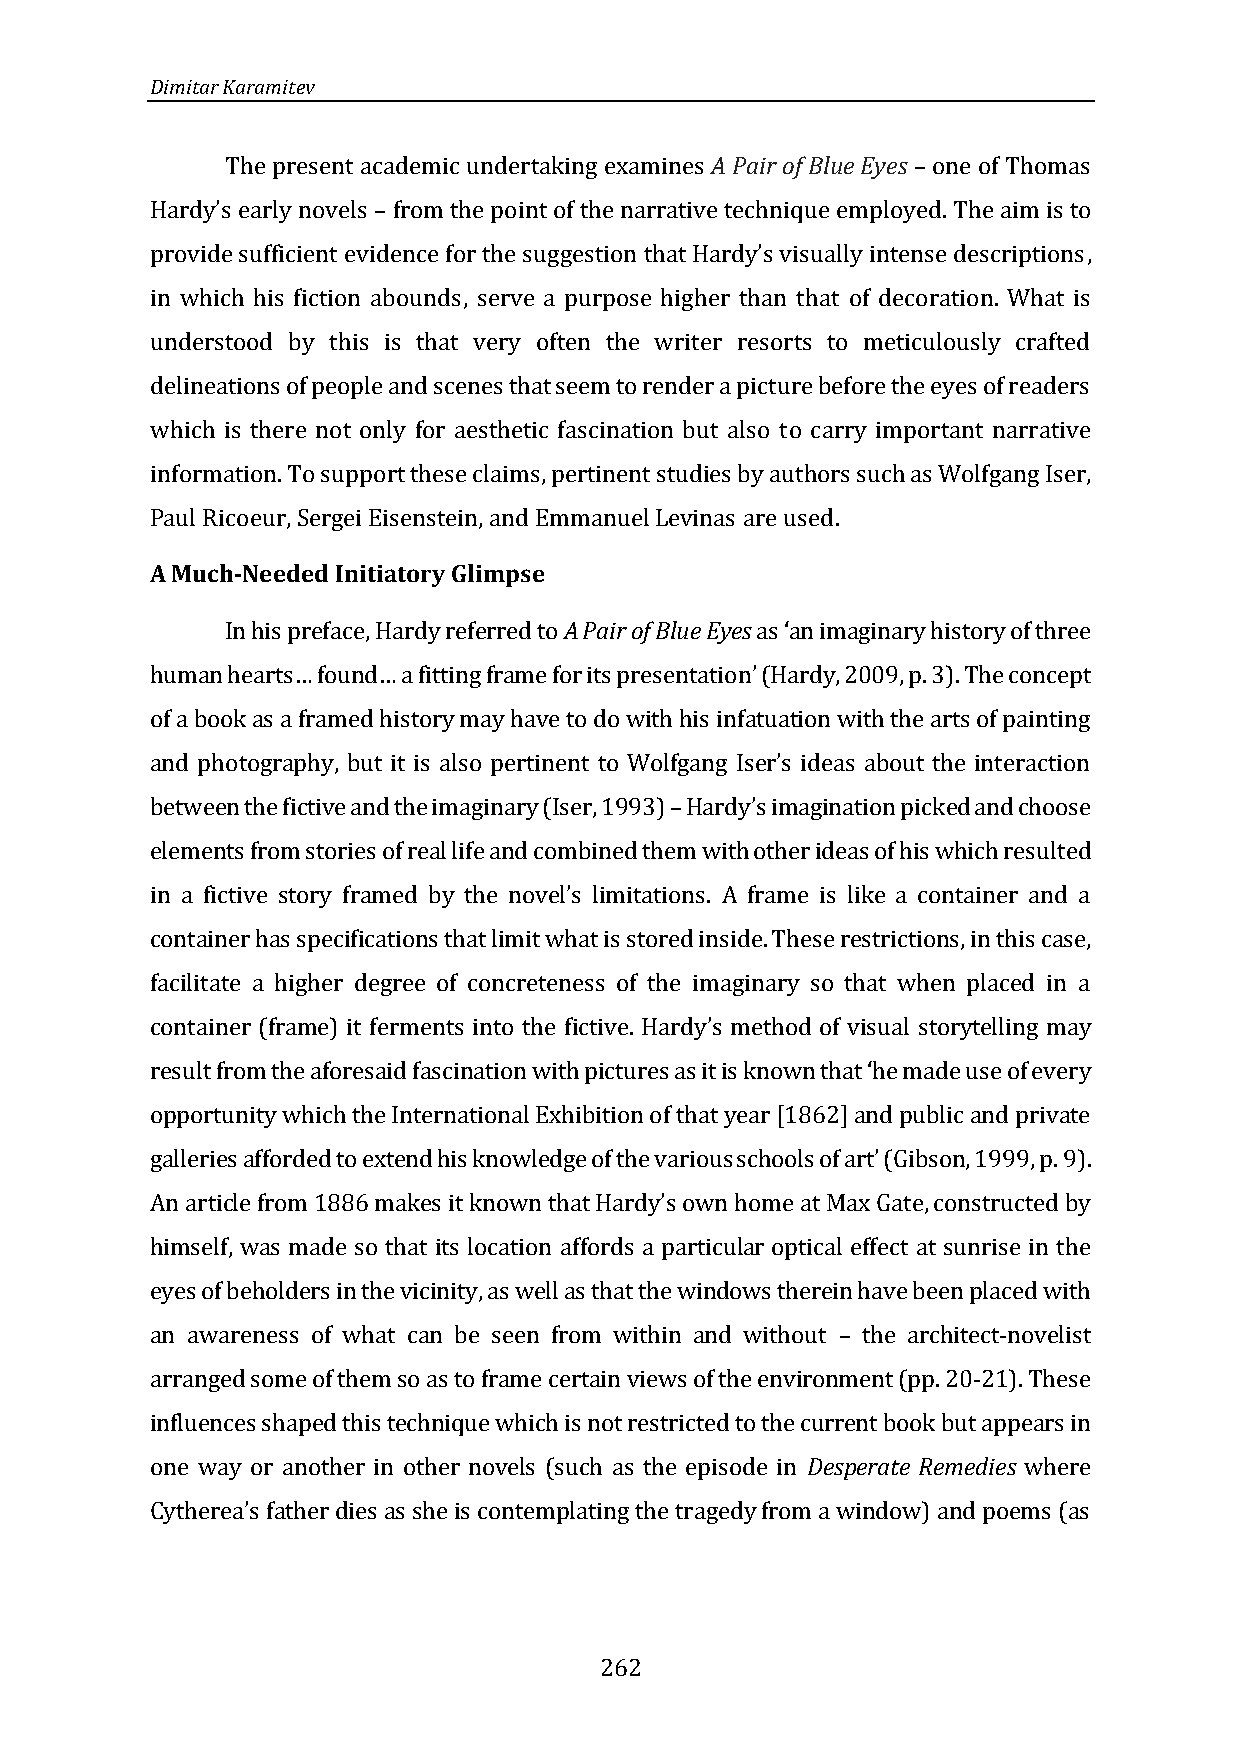
Dimitar Karamitev
 The present academic undertaking examines A Pair of Blue Eyes one of Thomas
 from the point of the narrative technique employed. The aim is to
 –
 ,
 Hardy’s early novels –
 in which his fiction abounds, serve a purpose higher than that of decoration. What is
 provide sufficient evidence for the suggestion that Hardy’s visually intense descriptions
 understood by this is that very often the writer resorts to meticulously crafted
 delineations of people and scenes that seem to render a picture before the eyes of readers
 which is there not only for aesthetic fascination but also to carry important narrative
 information. To support these claims, pertinent studies by authors such as Wolfgang Iser,
 Paul Ricoeur, Sergei Eisenstein, and Emmanuel Levinas are used.
 A Much-Needed Initiatory Glimpse
 In his preface, Hardy referred to A Pair of Blue Eyes as an imaginary history of three
 (Hardy, 2009, p. 3). The concept
 ‘
 of a book as a framed history may have to do with his infatuation with the arts of painting
 human hearts… found… a fitting frame for its presentation’
 between the fictive and the imaginary (Iser, 1993) magination picked and choose
 and photography, but it is also pertinent to Wolfgang Iser’s ideas about the interaction
 elements from stories of real life and combined them with other ideas of his which resulted
 –Hardy’s i
 in a fictive
 container has specifications that limit what is stored inside. These restrictions, in this case,
 story framed by the novel’s limitations. A frame is like a container and a
 facilitate a higher degree of concreteness of the imaginary so that when placed in a
 container (frame) it ferments into the fictive
 result from the aforesaid fasci
 . Hardy’s method of visual storytelling may
 opportunity which the International Exhibition of that year [1862] and public and private
 nation with pictures as it is known that ‘he made use of every
 9).
 An arti
 galleries afforded to extend his knowledge of the various schools of art’ (Gibson, 1999, p.
 himself, was made so that its location affords a particular optical effect at sunrise in the
 cle from 1886 makes it known that Hardy’s own home at Max Gate, constructed by
 eyes of beholders in the vicinity, as well as that the windows therein have been placed with
 an awareness of what can be seen from within and without the architect-novelist
 arranged some of them so as to frame certain views of the environment (pp. 20-21). These
 –
 influences shaped this technique which is not restricted to the current book but appears in
 one way or another in other novels (such as the episode in Desperate Remedies where
 Cytherea’s father dies as she is contemplating the tragedy from a window) and poems (as
 262